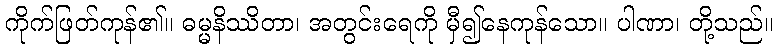
ကိုက်ဖြတ်ကုန်၏။ ဓမ္မနိဿိတာ၊ အတွင်းရေကို မှီ၍နေကုန်သော။ ပါဏာ၊ တို့သည်။